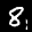
Label: 8